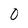
Character: 0